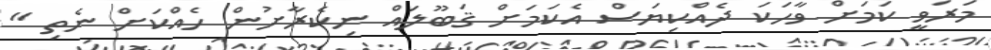
މަރަވީ ކަމަށް ވާހަކަ ދެއްކިޔަސް އެކަމަށް ޤަބޫލައް ނިކެރާށުން ހެއްކަށް ނެތި "